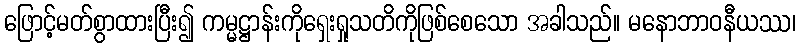
ဖြောင့်မတ်စွာထားပြီး၍ ကမ္မဋ္ဌာန်းကိုရှေးရှုသတိကိုဖြစ်စေသော အခါသည်။ မနောဘာဝနီယဿ၊